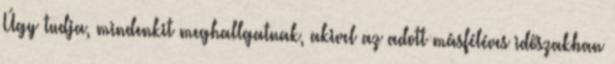
Úgy tudja, mindenkit meghallgatnak, akivel az adott másféléves időszakban